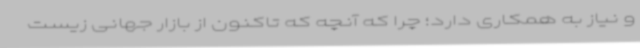
و نیاز به همکاری دارد؛ چرا که آنچه که تاکنون از بازار جهانی زیست